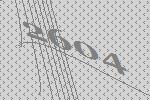
2604